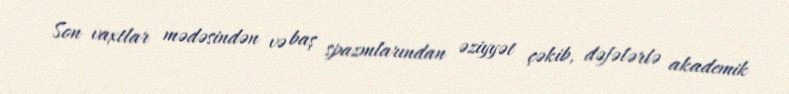
Son vaxtlar mədəsindən və baş spazmlarından əziyyət çəkib, dəfələrlə akademik